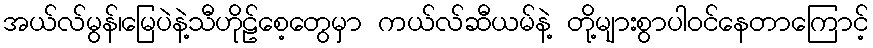
အယ်လ်မွန်၊မြေပဲနဲ့သီဟိုဠ်စေ့တွေမှာ ကယ်လ်ဆီယမ်နဲ့ တို့များစွာပါဝင်နေတာကြောင့်